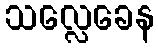
သလ္လေခေန